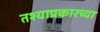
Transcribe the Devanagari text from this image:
तश्याप्रकारच्या